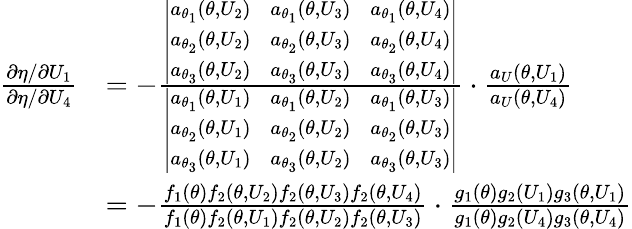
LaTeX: \begin{array}{rl}{\frac{\partial\eta/\partial U_{1}}{\partial\eta/\partial U_{4}}}&{=-\frac{\left|\begin{array}{lll}{a_{\theta_{1}}(\theta,U_{2})}&{a_{\theta_{1}}(\theta,U_{3})}&{a_{\theta_{1}}(\theta,U_{4})}\\ {a_{\theta_{2}}(\theta,U_{2})}&{a_{\theta_{2}}(\theta,U_{3})}&{a_{\theta_{2}}(\theta,U_{4})}\\ {a_{\theta_{3}}(\theta,U_{2})}&{a_{\theta_{3}}(\theta,U_{3})}&{a_{\theta_{3}}(\theta,U_{4})}\end{array}\right|}{\left|\begin{array}{lll}{a_{\theta_{1}}(\theta,U_{1})}&{a_{\theta_{1}}(\theta,U_{2})}&{a_{\theta_{1}}(\theta,U_{3})}\\ {a_{\theta_{2}}(\theta,U_{1})}&{a_{\theta_{2}}(\theta,U_{2})}&{a_{\theta_{2}}(\theta,U_{3})}\\ {a_{\theta_{3}}(\theta,U_{1})}&{a_{\theta_{3}}(\theta,U_{2})}&{a_{\theta_{3}}(\theta,U_{3})}\end{array}\right|}\cdot\frac{a_{U}(\theta,U_{1})}{a_{U}(\theta,U_{4})}}\\ &{=-\frac{f_{1}(\theta)f_{2}(\theta,U_{2})f_{2}(\theta,U_{3})f_{2}(\theta,U_{4})}{f_{1}(\theta)f_{2}(\theta,U_{1})f_{2}(\theta,U_{2})f_{2}(\theta,U_{3})}\cdot\frac{g_{1}(\theta)g_{2}(U_{1})g_{3}(\theta,U_{1})}{g_{1}(\theta)g_{2}(U_{4})g_{3}(\theta,U_{4})}}\end{array}